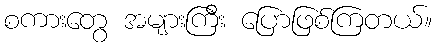
စကားတွေ အများကြီး ပြောဖြစ်ကြတယ်။